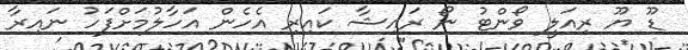
ޑޫ ޔޫ ރިއަލީ ވޯންޓު ނޯ ރައިޝާ ކައިރި އެހެން އަހާލުމަށްފަހު ނައިރާ